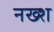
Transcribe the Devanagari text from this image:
नख्श